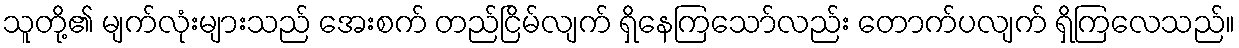
သူတို့၏ မျက်လုံးများသည် အေးစက် တည်ငြိမ်လျက် ရှိနေကြသော်လည်း တောက်ပလျက် ရှိကြလေသည်။